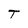
Character: T